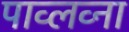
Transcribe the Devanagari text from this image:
पाव्लव्ना